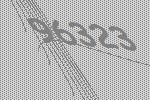
96323